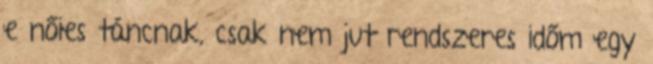
e nőies táncnak, csak nem jut rendszeres időm egy